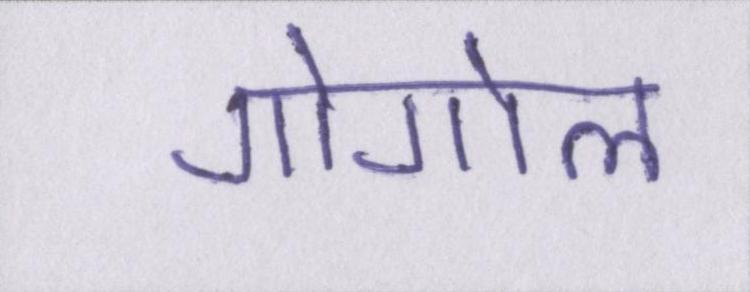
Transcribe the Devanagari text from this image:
गोगोल